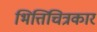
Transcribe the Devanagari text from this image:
भित्तिचित्रकार